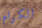
الكرام